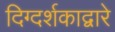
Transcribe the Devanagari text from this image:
दिग्दर्शकाद्वारे